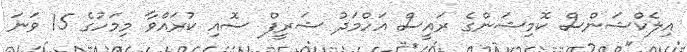
އިލެކްޝަންސް ކޮމިޝަންގެ ރައީސް އަހްމަދު ޝަރީފް ސޮއި ކުރައްވާ މިމަހުގެ 15 ވަނަ